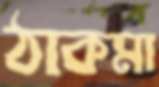
ঠাকমা